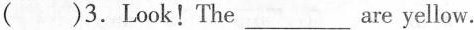
()3.Look!The___yellow.